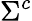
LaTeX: \Sigma^{c}